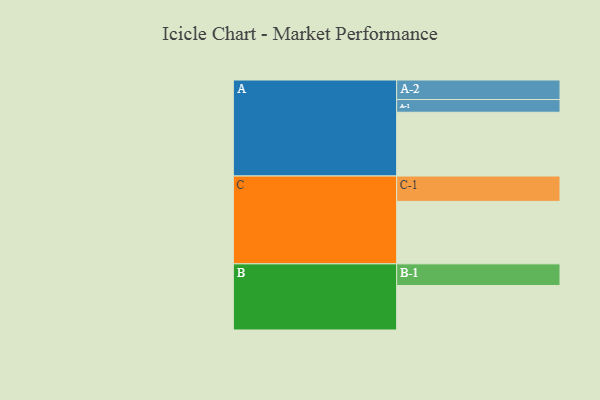
{"axis": {"x": "Segment", "y": "Value"}, "legend": ["", "A", "B", "C"], "data": [{"x": "A", "y": 538, "type": ""}, {"x": "B", "y": 375, "type": ""}, {"x": "C", "y": 527, "type": ""}, {"x": "A-1", "y": 107, "type": "A"}, {"x": "A-2", "y": 165, "type": "A"}, {"x": "B-1", "y": 183, "type": "B"}, {"x": "C-1", "y": 214, "type": "C"}]}